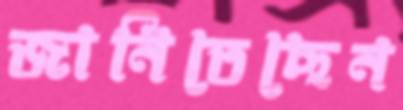
জানিতেছেন